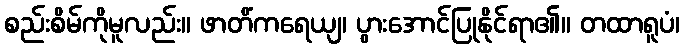
စည်းစိမ်ကိုမူလည်း။ ဖာတိံကရေယျ၊ ပွားအောင်ပြုနိုင်ရာ၏။ တထာရူပံ၊